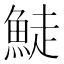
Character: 鯐